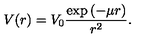
V ( r ) = V _ { 0 } \frac { \exp { ( - \mu r ) } } { r ^ { 2 } } .